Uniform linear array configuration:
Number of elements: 24
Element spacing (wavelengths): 0.25
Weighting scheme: binomial
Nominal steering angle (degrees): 60
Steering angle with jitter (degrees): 61.902
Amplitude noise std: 0.05
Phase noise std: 0.05

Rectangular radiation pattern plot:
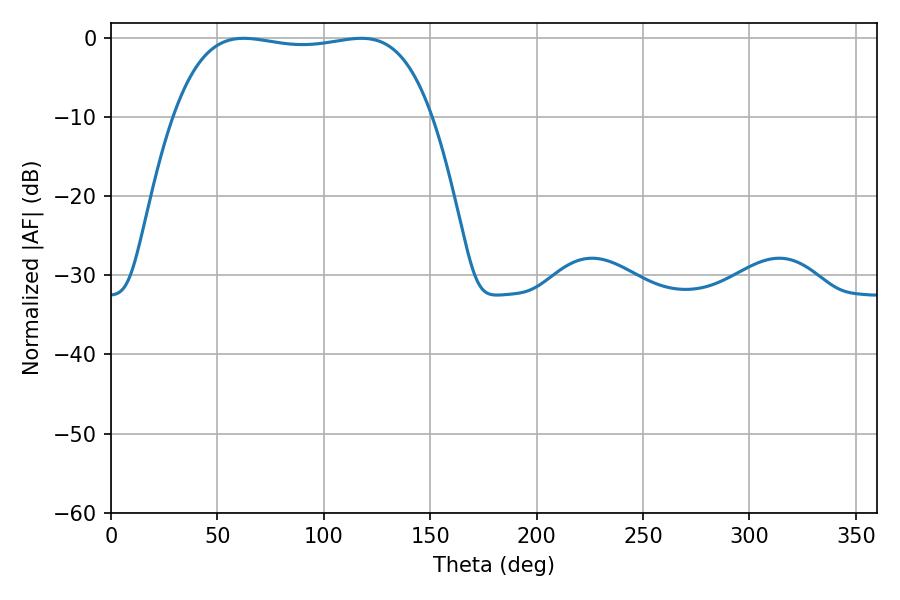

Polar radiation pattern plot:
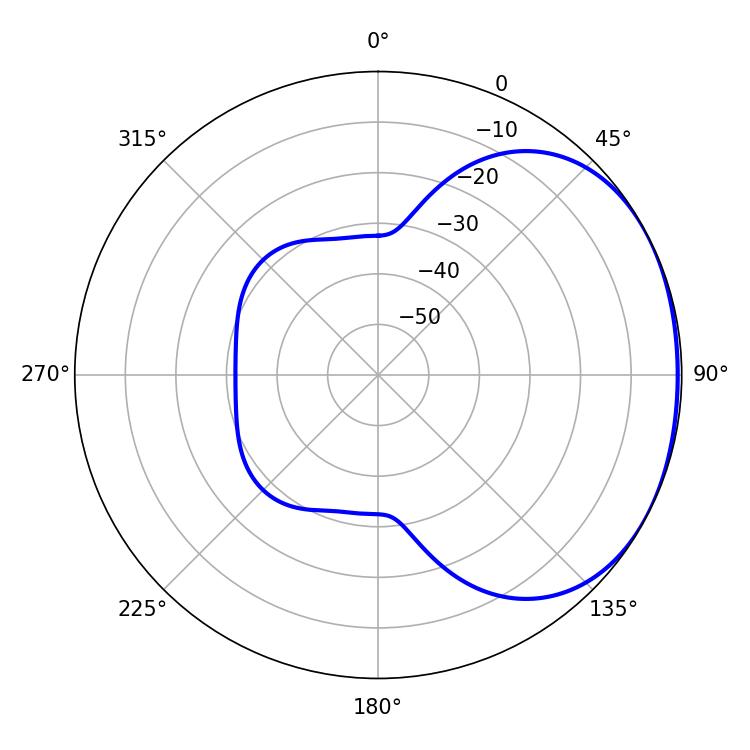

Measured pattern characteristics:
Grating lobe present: FALSE
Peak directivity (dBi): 1.561
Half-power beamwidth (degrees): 96.48
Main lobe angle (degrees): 62.28